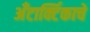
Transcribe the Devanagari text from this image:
अँटार्क्टिकाचे